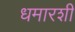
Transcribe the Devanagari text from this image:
धमारशी